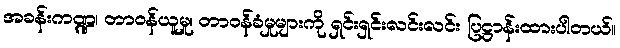
အခန်းကဏ္ဍ၊ တာဝန်ယူမှု၊ တာဝန်ခံမှုများကို ရှင်းရှင်းလင်းလင်း ပြဋ္ဌာန်းထားပါတယ်။